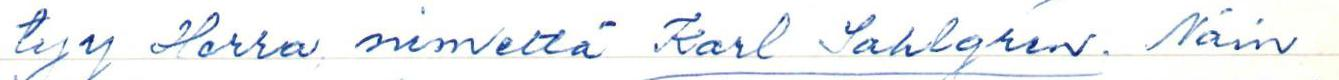
tyy Herra nimeltä Karl Sahlgrén. Näin